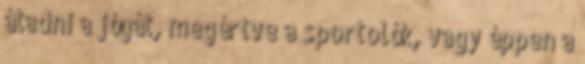
átadni a jógát, megértve a sportolók, vagy éppen a